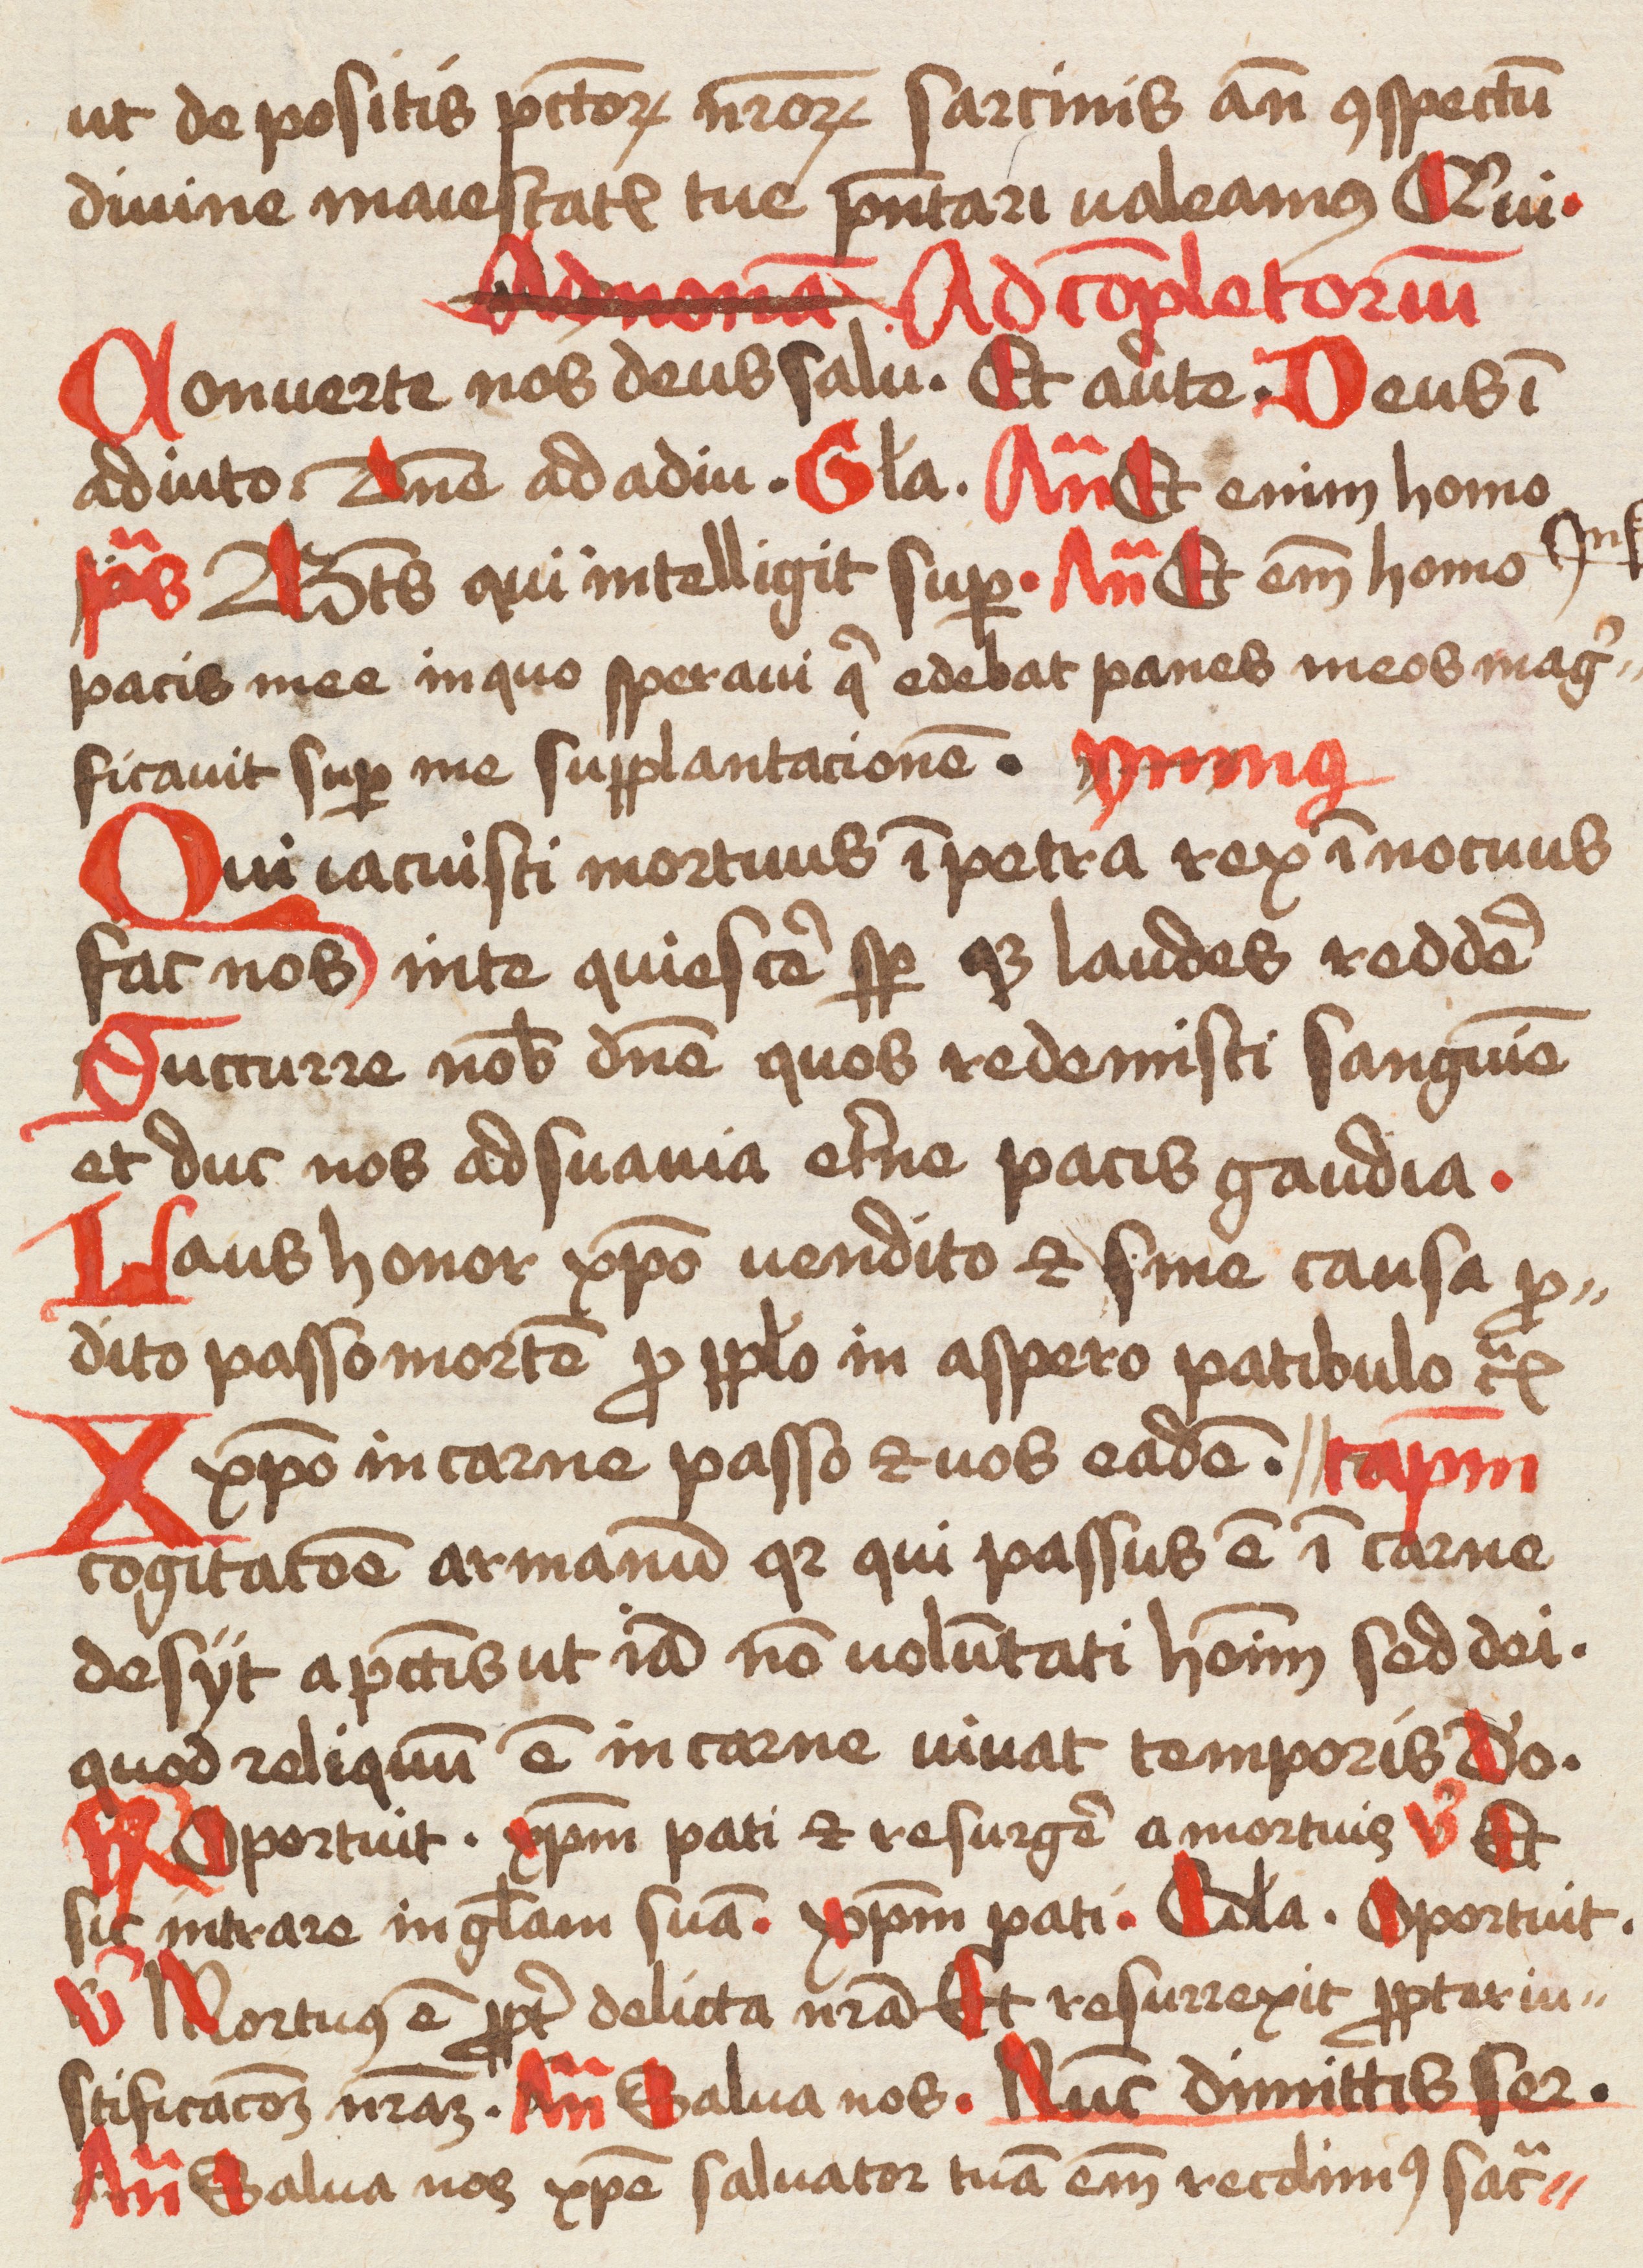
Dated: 1475–1499